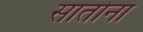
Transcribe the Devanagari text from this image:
सातोना